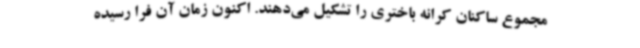
مجموع ساکنان کرانه باختری را تشکیل می‌دهند. اکنون زمان آن فرا رسیده